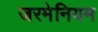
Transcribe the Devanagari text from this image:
जरमेनियम